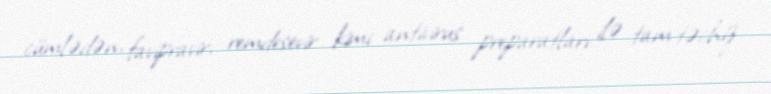
cümlədən, favipravir, remdesevir kimi antivirus preparatları ilə tam təchiz